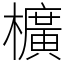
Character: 櫎